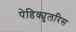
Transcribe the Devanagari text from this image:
पेडिक्युलरिस